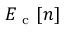
E _ { \mathrm { ~ c ~ } } [ n ]